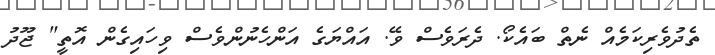
ތެދުވެރިކަމެއް ނެތް ބައެކޯ. ދެރަވެސް ވޭ. އައްޔަގެ އަންހެނުންވެސް ވިހައިގެން އޮތީ" ޖޫދު